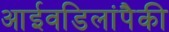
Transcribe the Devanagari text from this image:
आईवडिलांपैकी